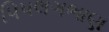
પિપલગભાણ